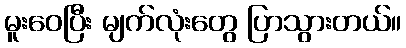
မူးဝေပြီး မျက်လုံးတွေ ပြာသွားတယ်။